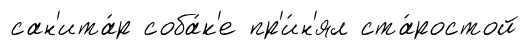
сан'ита́р соба́к'е пр'и́н'ял ста́ростой